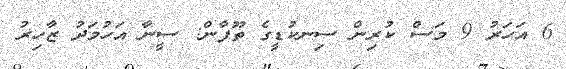
6 އަހަރު 9 މަސް ކުރިން ސިނކުޑީގެ ތޫފާން: ސީނާ އަހުމަދު ޒާހިރު